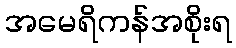
အမေရိကန်အစိုးရ